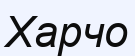
Харчо